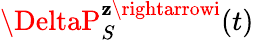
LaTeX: \DeltaP_{S}^{\mathbf{z}\rightarrowi}(t)